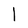
Character: l